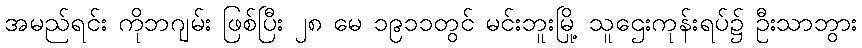
အမည်ရင်း ကိုဘဂျမ်း ဖြစ်ပြီး ၂၈ မေ ၁၉၁၁တွင် မင်းဘူးမြို့ သူဌေးကုန်းရပ်၌ ဦးသာဘွား